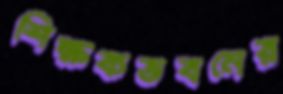
শিক্ষকভবনের